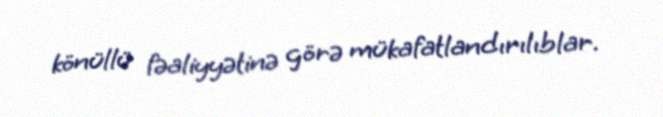
könüllü fəaliyyətinə görə mükafatlandırılıblar.